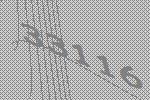
33116